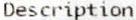
DESCRIPTION